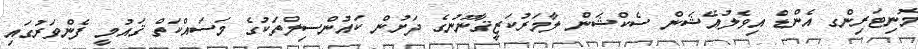
މޮނިޓަރިންގ އެންޑް އިވެލުއޭޝަން ސެކްޝަން ލާމަރުކަޒީޤާނޫނުގެ ދަށުން ކައުންސިލްތަކުގެ މަސައްކަތް ޤައުމީ ފެންވަރުގައި